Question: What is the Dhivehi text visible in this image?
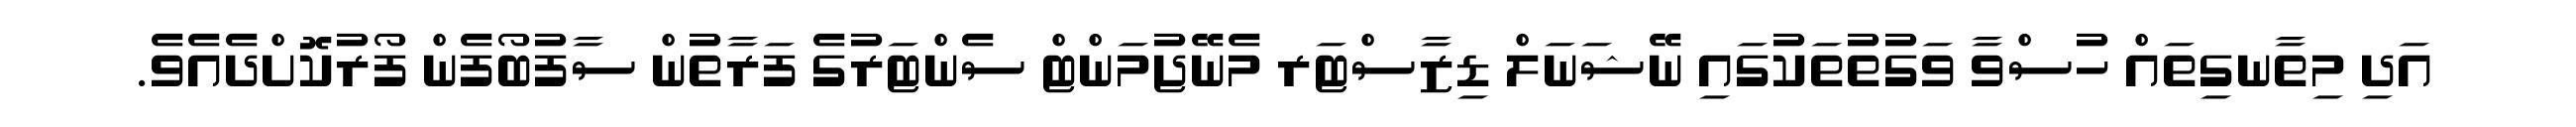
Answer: އަދި މިތާނގިތައް ހުސްވާ ވަގުތުތަކުގައި ނޭޝަނަލް ޑިޒާސްޓަރ މެނޭޖުމަންޓް ސެންޓަރުގެ ފަރާތުން ސާފުބޯފެން ފޯރުކޮށްދެއެވެ.